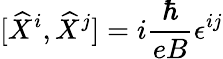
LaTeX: \lbrack\widehat{X}^{i},\widehat{X}^{j}]=i\frac{\hbar}{eB}\epsilon^{ij}